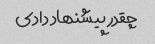
چقدر پیشنهاد دادی